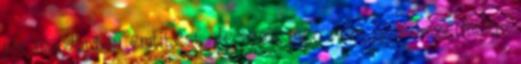
pár mondatban említést, de arról még nem, hogy szerintem